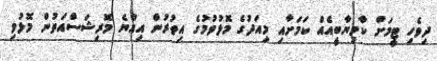
ދިވެހި ޓީމަށް ކާމިޔާބީއެއް ކަމަށާއި މިއަދުގެ މޮޅުވުމުގެ އިތުރުން އިއްޔެ މޮރިޝަސްއަތުން މޮޅުވި